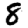
Digit: 8